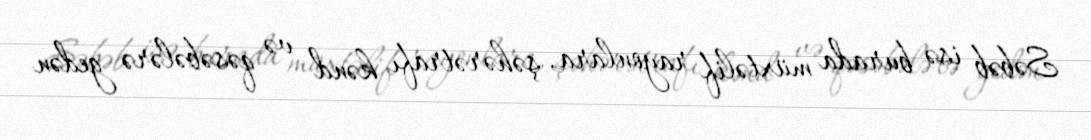
Səbəb isə burada müxtəlif rayonlara, şəhərətrafı kənd və qəsəbələrə gedən